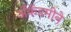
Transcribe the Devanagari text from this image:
ॲकॅडमीने